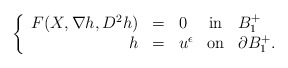
\begin{align*} \left\{\begin{array}{rclcl} F(X,\nabla h,D^2 h)& = & 0 & \mbox{in} & B^{+}_{1}\\ h & = & u^{\epsilon} & \mbox{on} & \partial B^{+}_{1} .\end{array}\right.\end{align*}